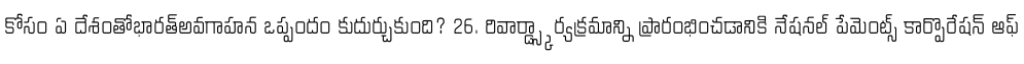
కోసం ఏ దేశంతోభారత్అవగాహన ఒప్పందం కుదుర్చుకుంది? 26. రివార్డ్స్కార్యక్రమాన్ని ప్రారంభించడానికి నేషనల్ పేమెంట్స్ కార్పొరేషన్ ఆఫ్